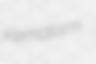
Kemalism